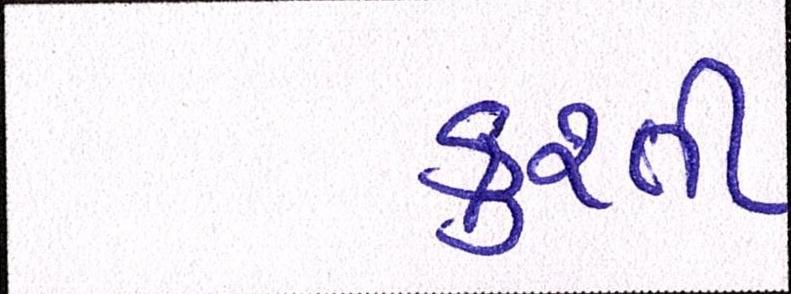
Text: કુશ્તી